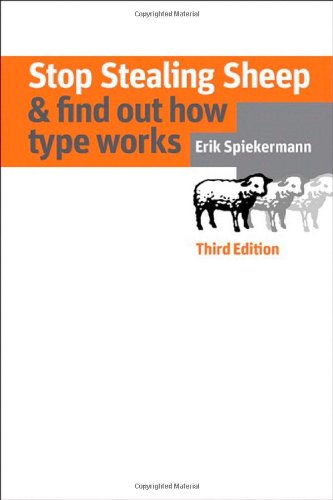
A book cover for Stop Stealing Sheep & Find Out How Type Works, Third Edition (3rd Edition) (Graphic Design & Visual Communication Courses); Erik Spiekermann; Arts & Photography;